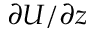
\partial U / \partial z